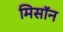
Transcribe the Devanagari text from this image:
मिसॉन